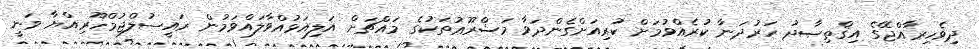
ދިވެހިރާއްޖޭގެ އިޤްތިޞާދު ހަރުދަނާ ކުރެއްވުމަށް ކުރިއަށްގެންދަވާ މަޝްރޫޢުތަކުގެ މައްޗަށް އަލިއަޅުއްވާލައްވަމުން ރައީސުލްޖުމްހޫރިއްޔާ ވަނީ